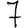
Digit: 7